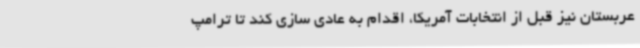
عربستان نیز قبل از انتخابات آمریکا، اقدام به عادی سازی کند تا ترامپ